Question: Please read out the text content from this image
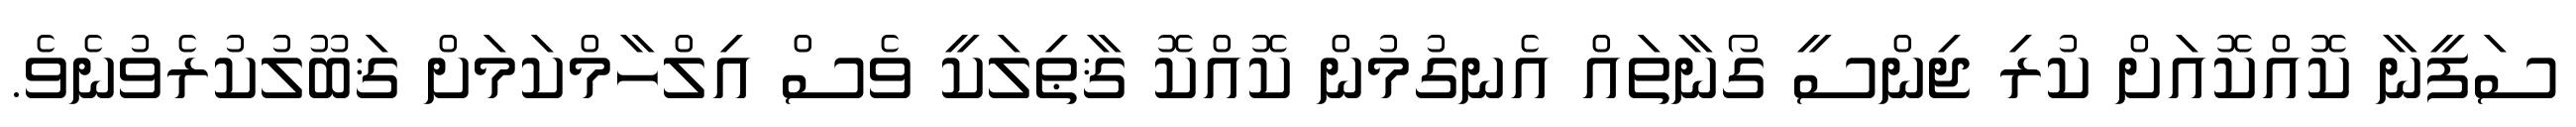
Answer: ސަފީނާ ކޮއްކޮއަށް ކުރި ޖިންސީ ގޯނާތައް އެނގުމުން ކޮއްކޮ ޤާޠިލަކީ ވެސް އިލްހާމްކަމަށް ޤަބޫލުކުރެވުނެވެ.